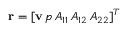
{ \bf r } = [ { \bf v } \, p \, A _ { 1 1 } \, A _ { 1 2 } \, A _ { 2 2 } ] ^ { T }